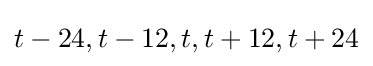
t-24,t-12,t,t+12,t+24